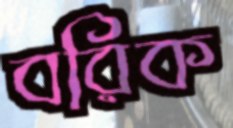
বরিক